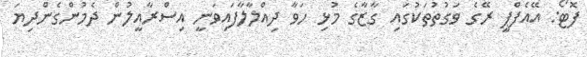
ފޮޓޯ: އޭއެފްޕީ ރޭގެ ވަގުތުތަކުގައި ގާޒާގެ މުޅި ހަވާ ދިއްލާލާފައިވަނީ އިސްރާއީލުން ދެމުންގެންދިޔަ